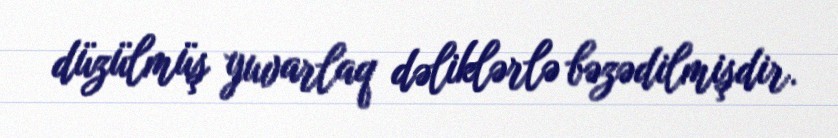
düzülmüş yuvarlaq dəliklərlə bəzədilmişdir.